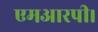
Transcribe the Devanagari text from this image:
एमआरपी।